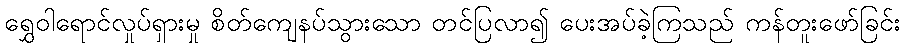
ရွှေဝါရောင်လှုပ်ရှားမှု စိတ်ကျေနပ်သွားသော တင်ပြလာ၍ ပေးအပ်ခဲ့ကြသည် ကန်တူးဖော်ခြင်း